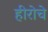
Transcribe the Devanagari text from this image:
हीरोचे